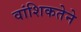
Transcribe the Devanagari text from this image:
वांशिकतेने